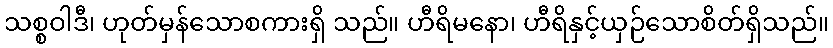
သစ္စဝါဒီ၊ ဟုတ်မှန်သောစကားရှိ သည်။ ဟီရိမနော၊ ဟီရိနှင့်ယှဉ်သောစိတ်ရှိသည်။